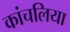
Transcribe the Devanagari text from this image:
कांचलिया